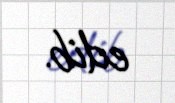
edib.